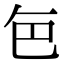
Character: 𮎜